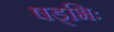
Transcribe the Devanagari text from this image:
षड्भिः